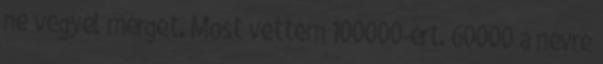
ne vegyél mérget. Most vettem 100000-ért. 60000 a névre